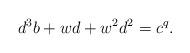
LaTeX: \begin{align*}d^3b+wd+w^2d^2=c^q.\end{align*}